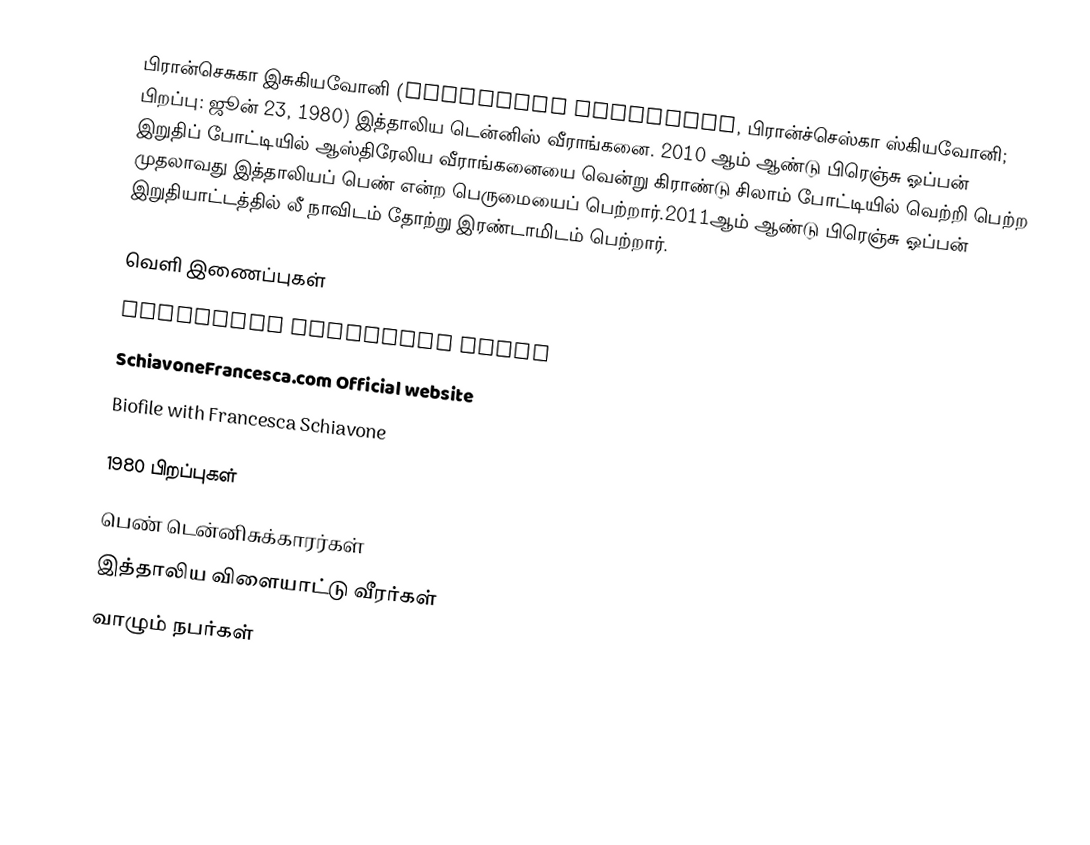
பிரான்செசுகா இசுகியவோனி (Francesca Schiavone, பிரான்ச்செஸ்கா ஸ்கியவோனி; பிறப்பு: ஜூன் 23, 1980) இத்தாலிய டென்னிஸ் வீராங்கனை. 2010 ஆம் ஆண்டு பிரெஞ்சு ஓப்பன் இறுதிப் போட்டியில் ஆஸ்திரேலிய வீராங்கனையை வென்று கிராண்டு சிலாம் போட்டியில் வெற்றி பெற்ற முதலாவது இத்தாலியப் பெண் என்ற பெருமையைப் பெற்றார்.2011ஆம் ஆண்டு பிரெஞ்சு ஓப்பன் இறுதியாட்டத்தில் லீ நாவிடம் தோற்று இரண்டாமிடம் பெற்றார்.

வெளி இணைப்புகள்
 Francesca Schiavone forum
 SchiavoneFrancesca.com Official website
 Biofile with Francesca Schiavone

1980 பிறப்புகள்
பெண் டென்னிசுக்காரர்கள்
இத்தாலிய விளையாட்டு வீரர்கள்
வாழும் நபர்கள்